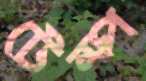
টেম্প